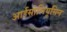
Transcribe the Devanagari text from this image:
आईसोलियूसिन